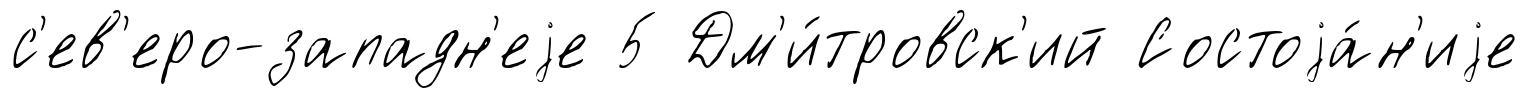
с'ев'еро-западн'еjе 5 Дм'и́тровск'ий Состоjа́н'иjе